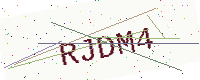
Text: RJDM4